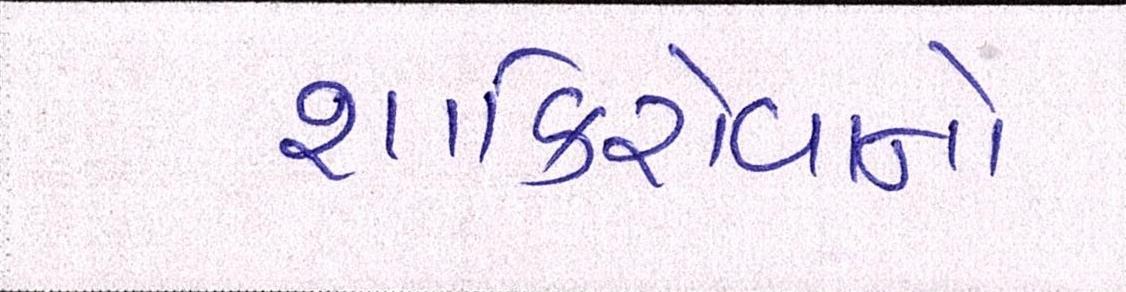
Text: શાકિરોવાનો